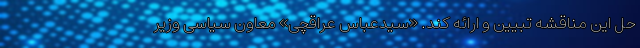
حل این مناقشه تبیین و ارائه کند. «سیدعباس عراقچی» معاون سیاسی وزیر